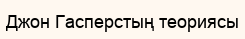
Джон Гасперстың теориясы